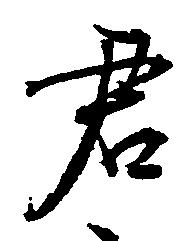
君